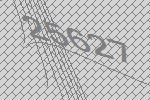
25627